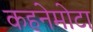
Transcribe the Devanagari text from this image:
कहनेमोटा